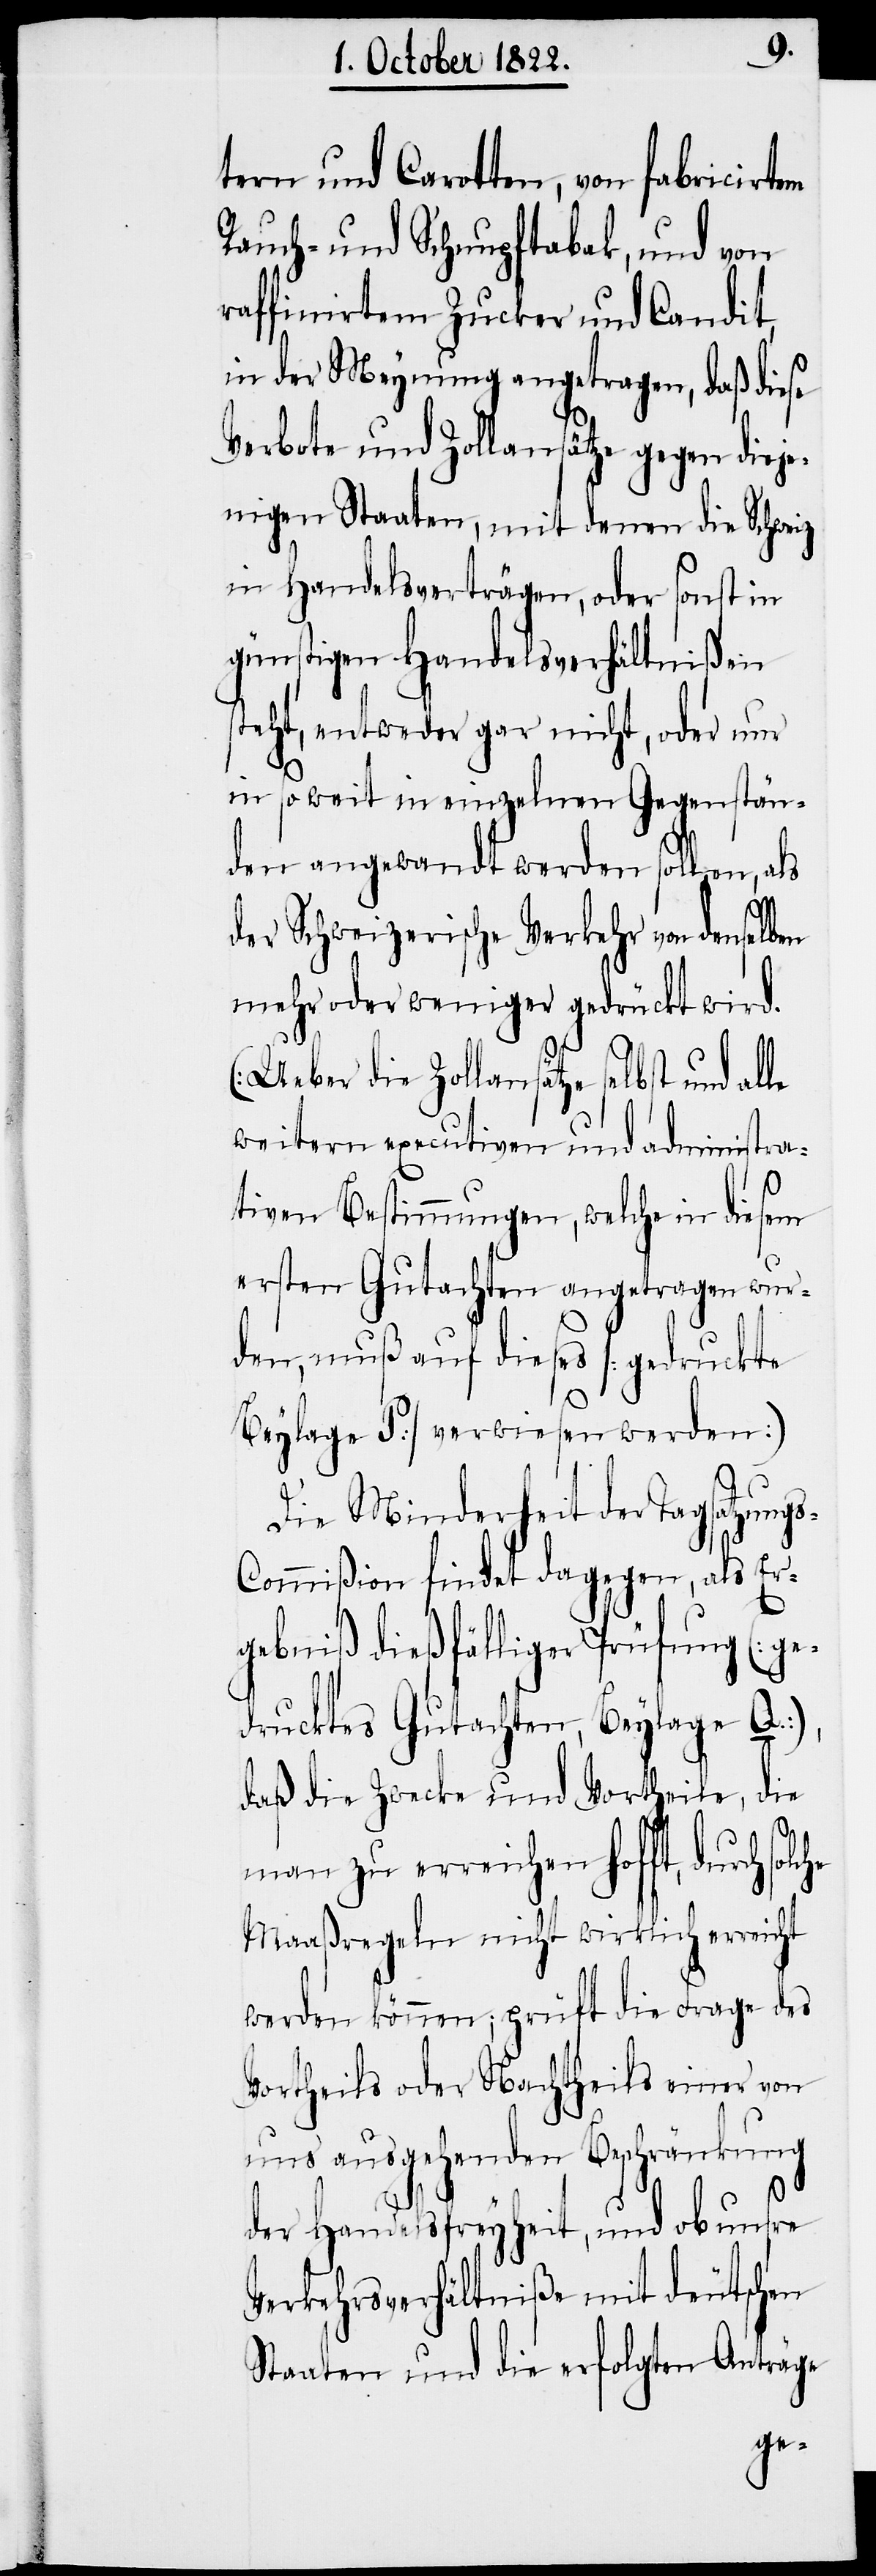
tern und Carotten, von fabricirtem
Rauch- und Schnupftabak, und von
raffinirtem Zucker und Candit,
in der Meynung angetragen, daß diese
Verbote und Zollansätze gegen diej¬
enigen Staaten, mit denen die Schweiz
in Handelsverträgen, oder sonst in
günstigen Handelsverhältnißen
steht, entweder gar nicht, oder nur
in so weit in einzelnen Gegenstän¬
den angewandt werden sollen, als
der Schweizerische Verkehr von denselben
mehr oder weniger gedrückt wird.
(Ueber die Zollansätze selbst und alle
weitern executiven und administra¬
tiven Bestimmungen, welche in diesem
ersten Gutachten angetragen wur¬
den, muß auf dieses [gedruckte
Beylage P.] verwiesen werden)
Die Minderheit der Tagsatzung¬
ommißion findet dagegen, als Er¬
gebniß dießfälliger Prüfung (ge¬
drucktes Gutachten, Beylage Q.),
daß die Zwecke und Vortheile, die
man zu erreichen hofft, durch
Maaßregeln nicht wirklich erreicht
werden können; prüft die Frage des
Vortheils oder Nachtheils einer von
uns ausgehenden Beschränkung
der Handelsfreyheit, und ob unsre
Verkehrsverhältniße mit deutschen
Staaten und die erfolgten Anträge
s-C¬